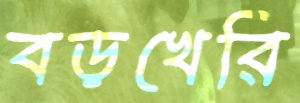
বড়খেরি